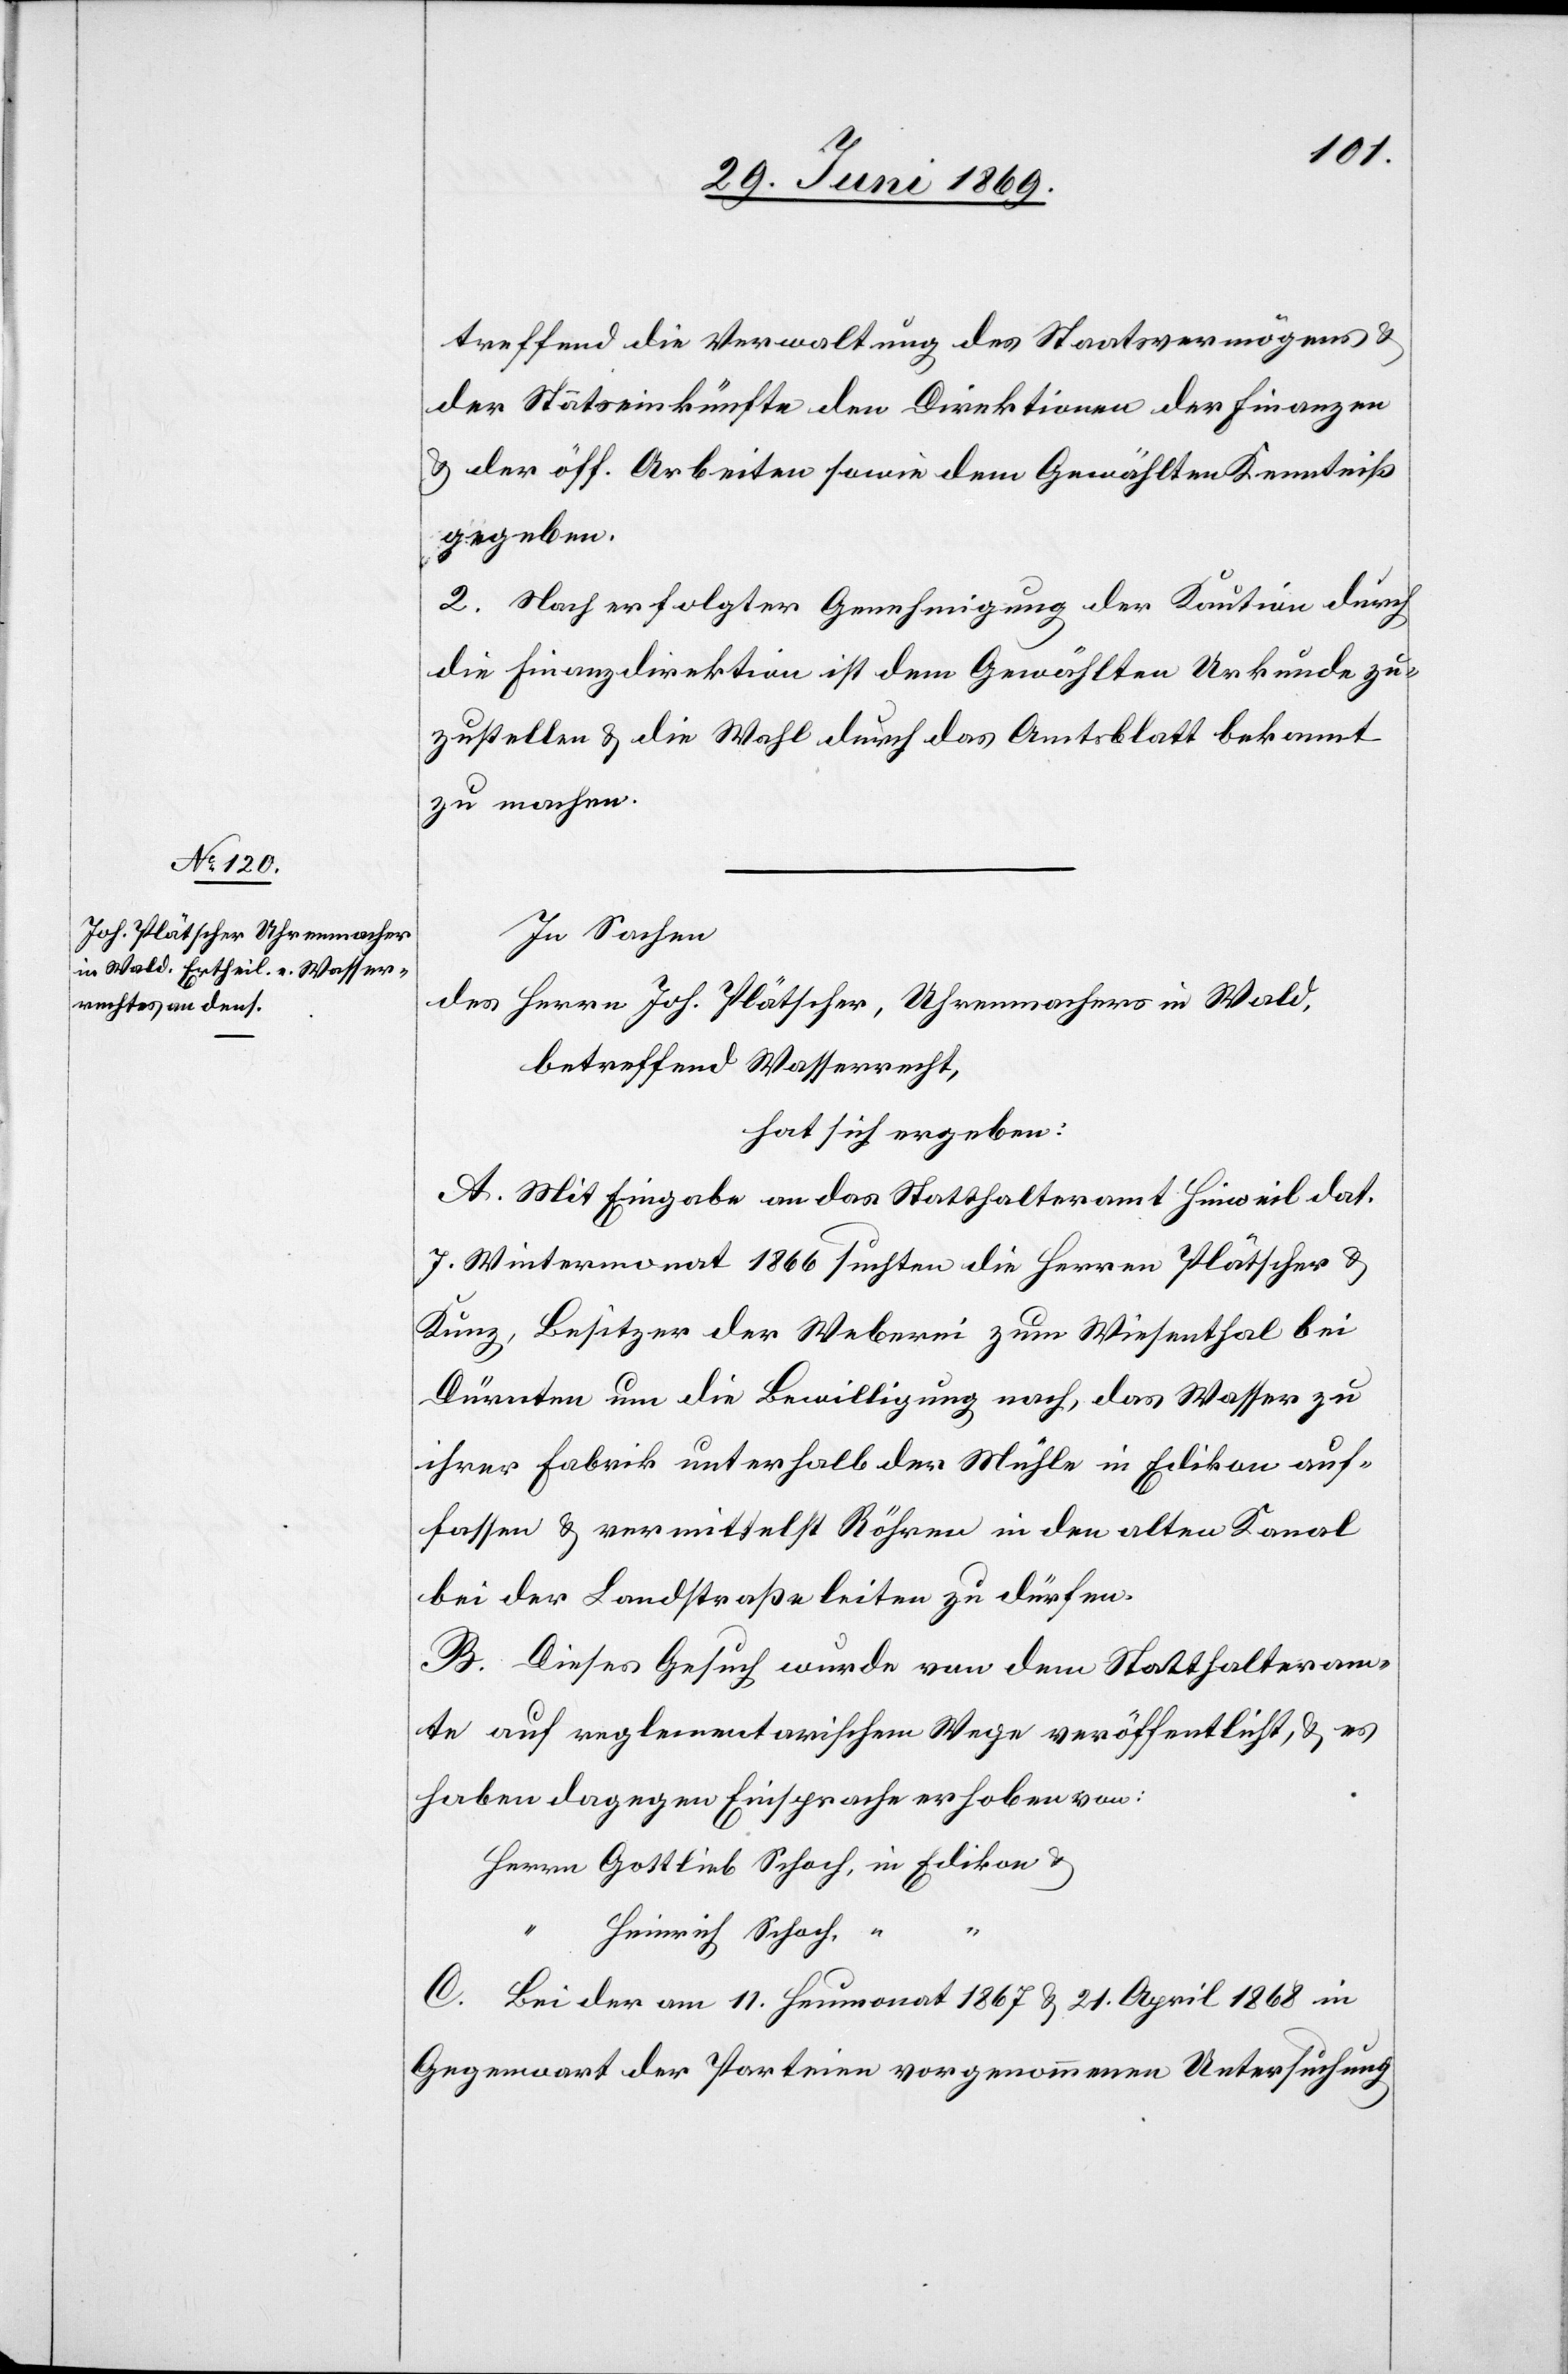
treffend die Verwaltung des Staatsvermögens u.
der Staatseinkünfte den Direktionen der Finanzen
u. der öff. Arbeiten sowie dem Gewählten Kenntniß
gegeben.
2. Nach erfolgter Genehmigung der Kaution durch
die Finanzdirektion ist dem Gewählten Urkunde zu¬
zustellen u. die Wahl durch das Amtsblatt bekannt
zu machen.
In Sachen
des Herrn Joh. Plätscher, Uhrenmachers in Wald,
betreffend Wasserrecht,
hat sich ergeben:
A. Mit Eingabe an das Statthalteramt Hinweil dat.
7. Wintermonat 1866 suchten die Herrn Plätscher u.
Kunz, Besitzer der Weberei zum Wiesenthal bei
Dürnten um die Bewilligung nach, das Wasser zu
ihrer Fabrik unterhalb der Mühle in Edikon auf¬
fassen u. vermittelst Röhren in den alten Kanal
bei der Landstraße leiten zu dürfen.
B. Dieses Gesuch wurde von dem Statthalteram¬
te auf reglementarischem Wege veröffentlicht, u. es
haben dagegen Einsprachen erhoben von:
Herrn Gottlieb Schoch, in Edikon u.
“
Heinrich Schoch, “
C. Bei der am 11. Heumonat 1867 u. 21. April 1868 in
Gegenwart der Parteien vorgenommenen Untersuchung